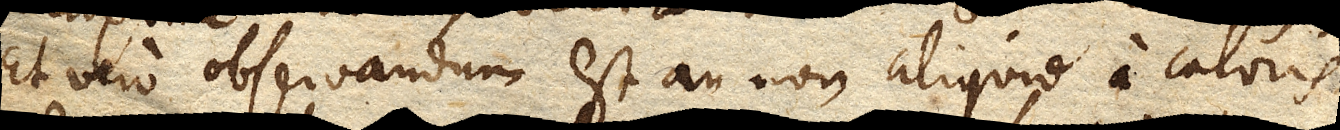
Et vero observandum est an non aliquid a caloris